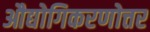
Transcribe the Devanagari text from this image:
औद्योगिकरणोत्तर